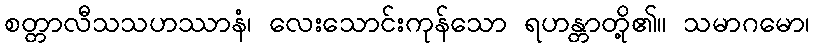
စတ္တာလီသသဟဿာနံ၊ လေးသောင်းကုန်သော ရဟန္တာတို့၏။ သမာဂမော၊